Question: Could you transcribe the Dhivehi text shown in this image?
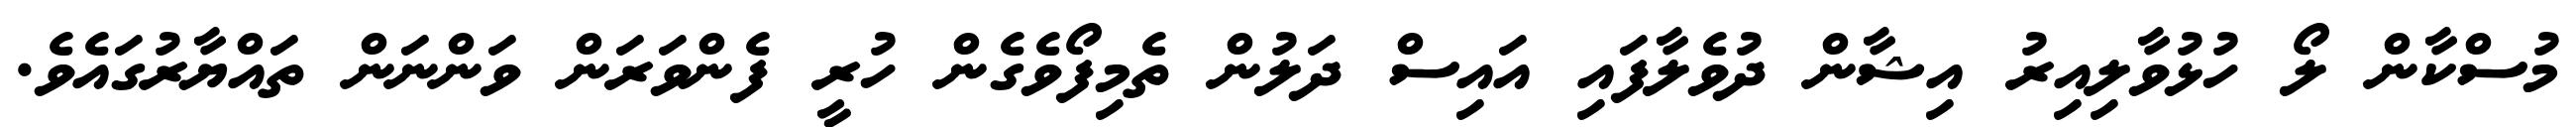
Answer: މުސްކާން ލޯ ހުޅުވާލިއިރު އިޝާން ދުވެލާފައި އައިސް ދަލުން ތެމިފޯވެގެން ހުރީ ފެންވަރަން ވަންނަން ތައްޔާރުގައެވެ.